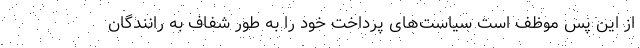
از این پس موظف است سیاست‌های پرداخت خود را به طور شفاف به رانندگان